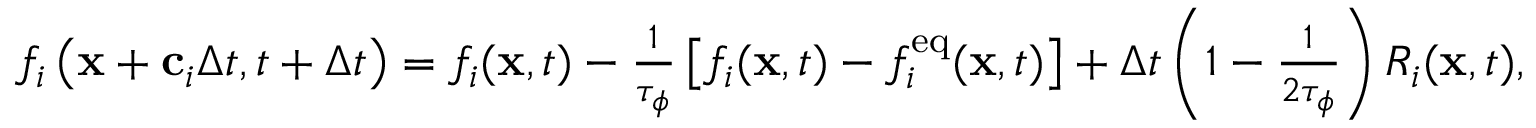
\begin{array} { r } { f _ { i } \left( \mathbf { x } + \mathbf { c } _ { i } \Delta t , t + \Delta t \right) = f _ { i } ( \mathbf { x } , t ) - \frac { 1 } { \tau _ { \phi } } \left[ f _ { i } ( \mathbf { x } , t ) - f _ { i } ^ { \mathrm { e q } } ( \mathbf { x } , t ) \right] + \Delta t \left( 1 - \frac { 1 } { 2 \tau _ { \phi } } \right) R _ { i } ( \mathbf { x } , t ) , } \end{array}